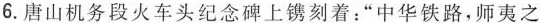
6.唐山机务段火车头纪念碑上镌刻着：”中华铁路，师夷之